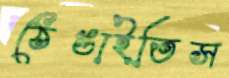
ঠেঙাইতিস